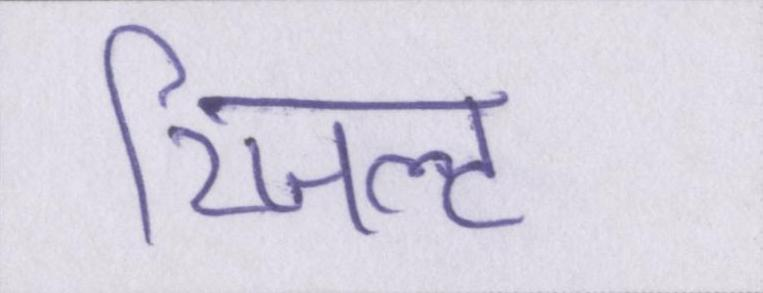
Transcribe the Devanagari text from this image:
रिजल्ट